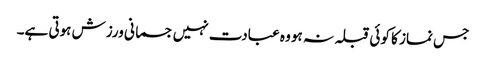
جس نماز کا کوئی قبلہ نہ ہو وہ عبادت نہیں جسمانی ورزش ہوتی ہے۔